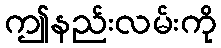
ဤနည်းလမ်းကို